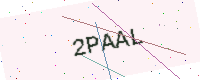
Text: 2PAAL